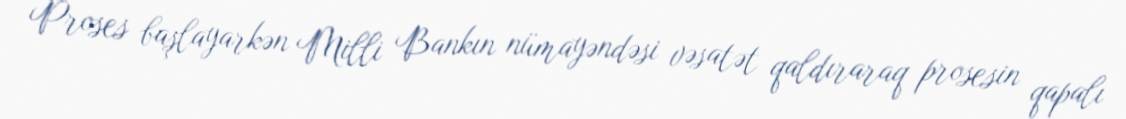
Proses başlayarkən Milli Bankın nümayəndəsi vəsatət qaldıraraq prosesin qapalı